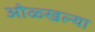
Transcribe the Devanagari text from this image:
ओळ्खल्या